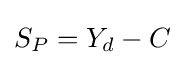
S_{P}=Y_{d}-C